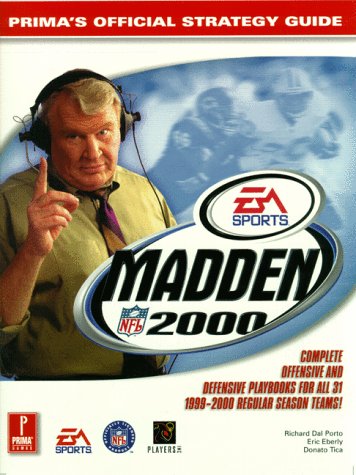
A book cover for Madden NFL 2000 (Prima's Official Strategy Guide); Eric Eberly; Humor & Entertainment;